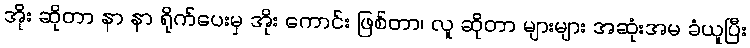
အိုး ဆိုတာ နာ နာ ရိုက်ပေးမှ အိုး ကောင်း ဖြစ်တာ၊ လူ ဆိုတာ များများ အဆုံးအမ ခံယူပြီး